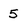
Character: 5